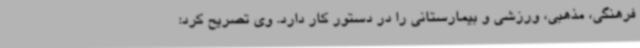
فرهنگی، مذهبی، ورزشی و بیمارستانی را در دستور کار دارد. وی تصریح کرد: